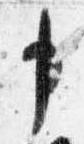
申